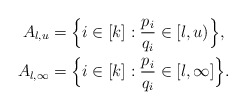
\begin{align*}A_{l,u} & = \Big\{ i \in [k]: \frac{p_i}{q_i} \in [l,u) \Big\}, \\A_{l,\infty} & = \Big\{ i \in [k]: \frac{p_i}{q_i} \in [l,\infty] \Big\}.\end{align*}